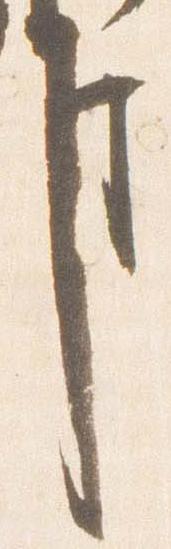
事